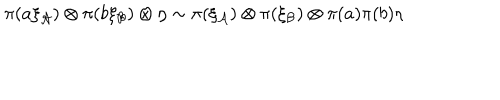
\pi ( a \xi _ { \cal A } ) \otimes \pi ( b \xi _ { \cal B } ) \otimes \eta \sim \pi ( \xi _ { \cal A } ) \otimes \pi ( \xi _ { \cal B } ) \otimes \pi ( a ) \pi ( b ) \eta